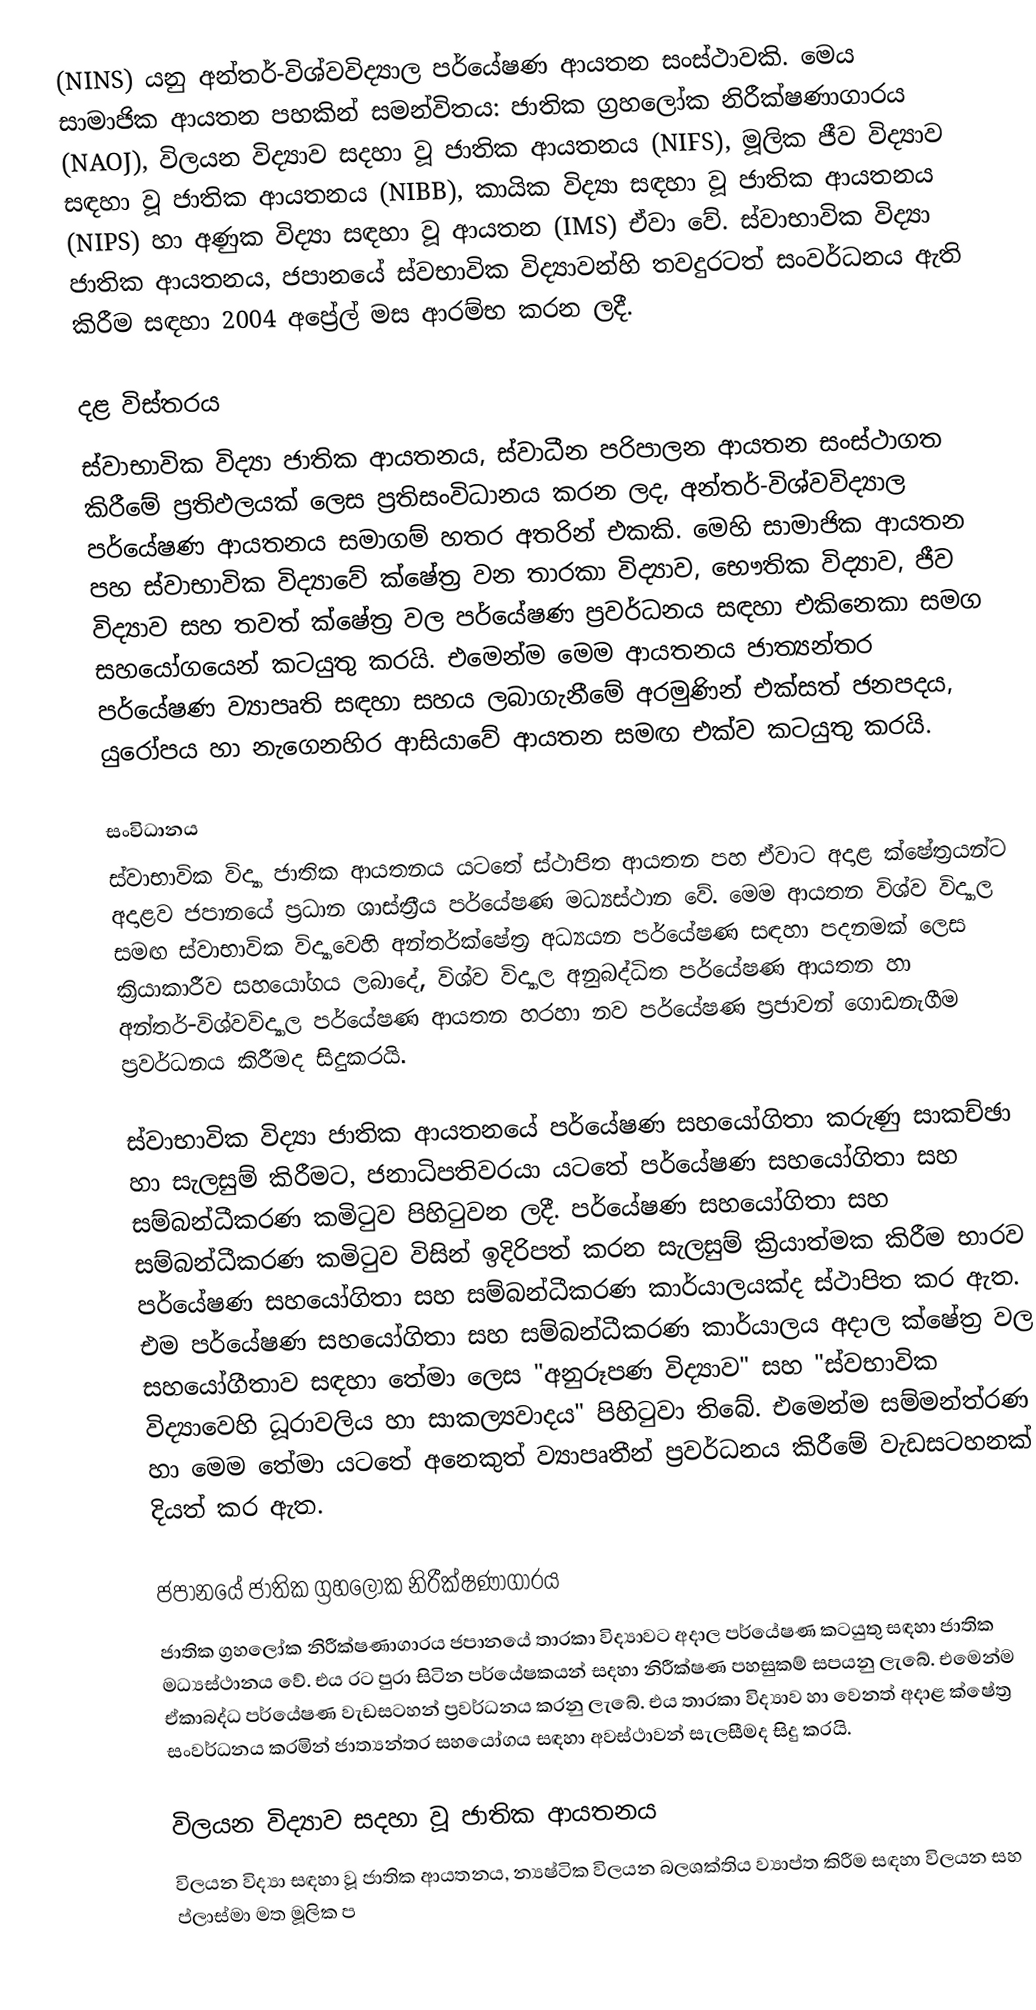
(NINS) යනු අන්තර්-විශ්වවිද්‍යාල පර්යේෂණ ආයතන සංස්ථාවකි. මෙය සාමාජික ආයතන පහකින් සමන්විතය: ජාතික ග්‍රහලෝක නිරීක්ෂණාගාරය (NAOJ), විලයන විද්‍යාව සදහා වූ ජාතික ආයතනය (NIFS), මූලික ජීව විද්‍යාව සඳහා වූ ජාතික ආයතනය (NIBB), කායික විද්‍යා සඳහා වූ ජාතික ආයතනය (NIPS) හා අණුක විද්‍යා සඳහා වූ ආයතන (IMS) ඒවා වේ. ස්වාභාවික විද්‍යා ජාතික ආයතනය, ජපානයේ ස්වභාවික විද්‍යාවන්හි තවදුරටත් සංවර්ධනය ඇති කිරීම සඳහා 2004 අප්‍රේල් මස ආරම්භ කරන ලදී.

දළ විස්තරය
ස්වාභාවික විද්‍යා ජාතික ආයතනය, ස්වාධීන පරිපාලන ආයතන සංස්ථාගත කිරීමේ ප්‍රතිඵලයක් ලෙස ප්‍රතිසංවිධානය කරන ලද, අන්තර්-විශ්වවිද්‍යාල පර්යේෂණ ආයතනය සමාගම් හතර අතරින් එකකි. මෙහි සාමාජික ආයතන පහ ස්වාභාවික විද්‍යාවේ ක්ෂේත්‍ර වන තාරකා විද්‍යාව, භෞතික විද්‍යාව, ජීව විද්‍යාව සහ තවත් ක්ෂේත්‍ර වල පර්යේෂණ ප්‍රවර්ධනය සඳහා එකිනෙකා සමග සහයෝගයෙන් කටයුතු කරයි. එමෙන්ම මෙම ආයතනය ජාත්‍යන්තර පර්යේෂණ ව්‍යාපෘති සඳහා සහය ලබාගැනීමේ අරමුණින් එක්සත් ජනපදය, යුරෝපය හා නැගෙනහිර ආසියාවේ ආයතන සමඟ එක්ව කටයුතු කරයි.

සංවිධානය
ස්වාභාවික විද්‍යා ජාතික ආයතනය යටතේ ස්ථාපිත ආයතන පහ ඒවාට අදාළ ක්ෂේත්‍රයන්ට අදාළව ජපානයේ ප්‍රධාන ශාස්ත්‍රීය පර්යේෂණ මධ්‍යස්ථාන වේ. මෙම ආයතන විශ්ව විද්‍යාල සමඟ ස්වාභාවික විද්‍යාවෙහි අන්තර්ක්ෂේත්‍ර අධ්‍යයන පර්යේෂණ සඳහා පදනමක් ලෙස ක්‍රියාකාරීව සහයෝගය ලබාදේ, විශ්ව විද්‍යාල අනුබද්ධිත පර්යේෂණ ආයතන හා අන්තර්-විශ්වවිද්‍යාල පර්යේෂණ ආයතන හරහා නව පර්යේෂණ ප්‍රජාවන් ගොඩනැගීම ප්‍රවර්ධනය කිරීමද සිදුකරයි.

ස්වාභාවික විද්‍යා ජාතික ආයතනයේ පර්යේෂණ සහයෝගිතා කරුණු සාකච්ඡා හා සැලසුම් කිරීමට, ජනාධිපතිවරයා යටතේ පර්යේෂණ සහයෝගිතා සහ සම්බන්ධීකරණ කමිටුව පිහිටුවන ලදී. පර්යේෂණ සහයෝගිතා සහ සම්බන්ධීකරණ කමිටුව විසින් ඉදිරිපත් කරන සැලසුම් ක්‍රියාත්මක කිරීම භාරව පර්යේෂණ සහයෝගිතා සහ සම්බන්ධීකරණ කාර්යාලයක්ද ස්ථාපිත කර ඇත. එම පර්යේෂණ සහයෝගිතා සහ සම්බන්ධීකරණ කාර්යාලය අදාල ක්ෂේත්‍ර වල සහයෝගීතාව සඳහා තේමා ලෙස "අනුරූපණ විද්‍යාව" සහ "ස්වභාවික විද්‍යාවෙහි ධූරාවලිය හා සාකල්‍යවාදය" පිහිටුවා තිබේ. එමෙන්ම සම්මන්ත්රණ හා මෙම තේමා යටතේ අනෙකුත් ව්‍යාපෘතීන් ප්‍රවර්ධනය කිරීමේ වැඩසටහනක් දියත් කර ඇත.

ජපානයේ ජාතික ග්‍රහලෝක නිරීක්ෂණාගාරය
ජාතික ග්‍රහලෝක නිරීක්ෂණාගාරය ජපානයේ තාරකා විද්‍යාවට අදාල පර්යේෂණ කටයුතු සඳහා ජාතික මධ්‍යස්ථානය වේ. එය රට පුරා සිටින පර්යේෂකයන් සදහා නිරීක්ෂණ පහසුකම් සපයනු ලැබේ. එමෙන්ම ඒකාබද්ධ පර්යේෂණ වැඩසටහන් ප්‍රවර්ධනය කරනු ලැබේ. එය තාරකා විද්‍යාව හා වෙනත් අදාළ ක්ෂේත්‍ර සංවර්ධනය කරමින් ජාත්‍යන්තර සහයෝගය සඳහා අවස්ථාවන් සැලසීමද සිදු කරයි.

විලයන විද්‍යාව සදහා වූ ජාතික ආයතනය
විලයන විද්‍යා සඳහා වූ ජාතික ආයතනය, න්‍යෂ්ටික විලයන බලශක්තිය ව්‍යාප්ත කිරීම සඳහා විලයන සහ ප්ලාස්මා මත මූලික ප